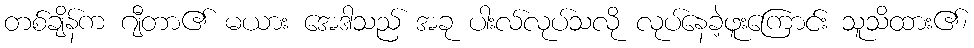
တစ်ချိန်က ဂျီတာ၏ မယား အေဒါသည် အခု ပါးလ်လုပ်သလို လုပ်နေခဲ့ဖူးကြောင်း သူသိထား၏၊